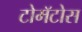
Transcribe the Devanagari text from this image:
टोमॅटोस